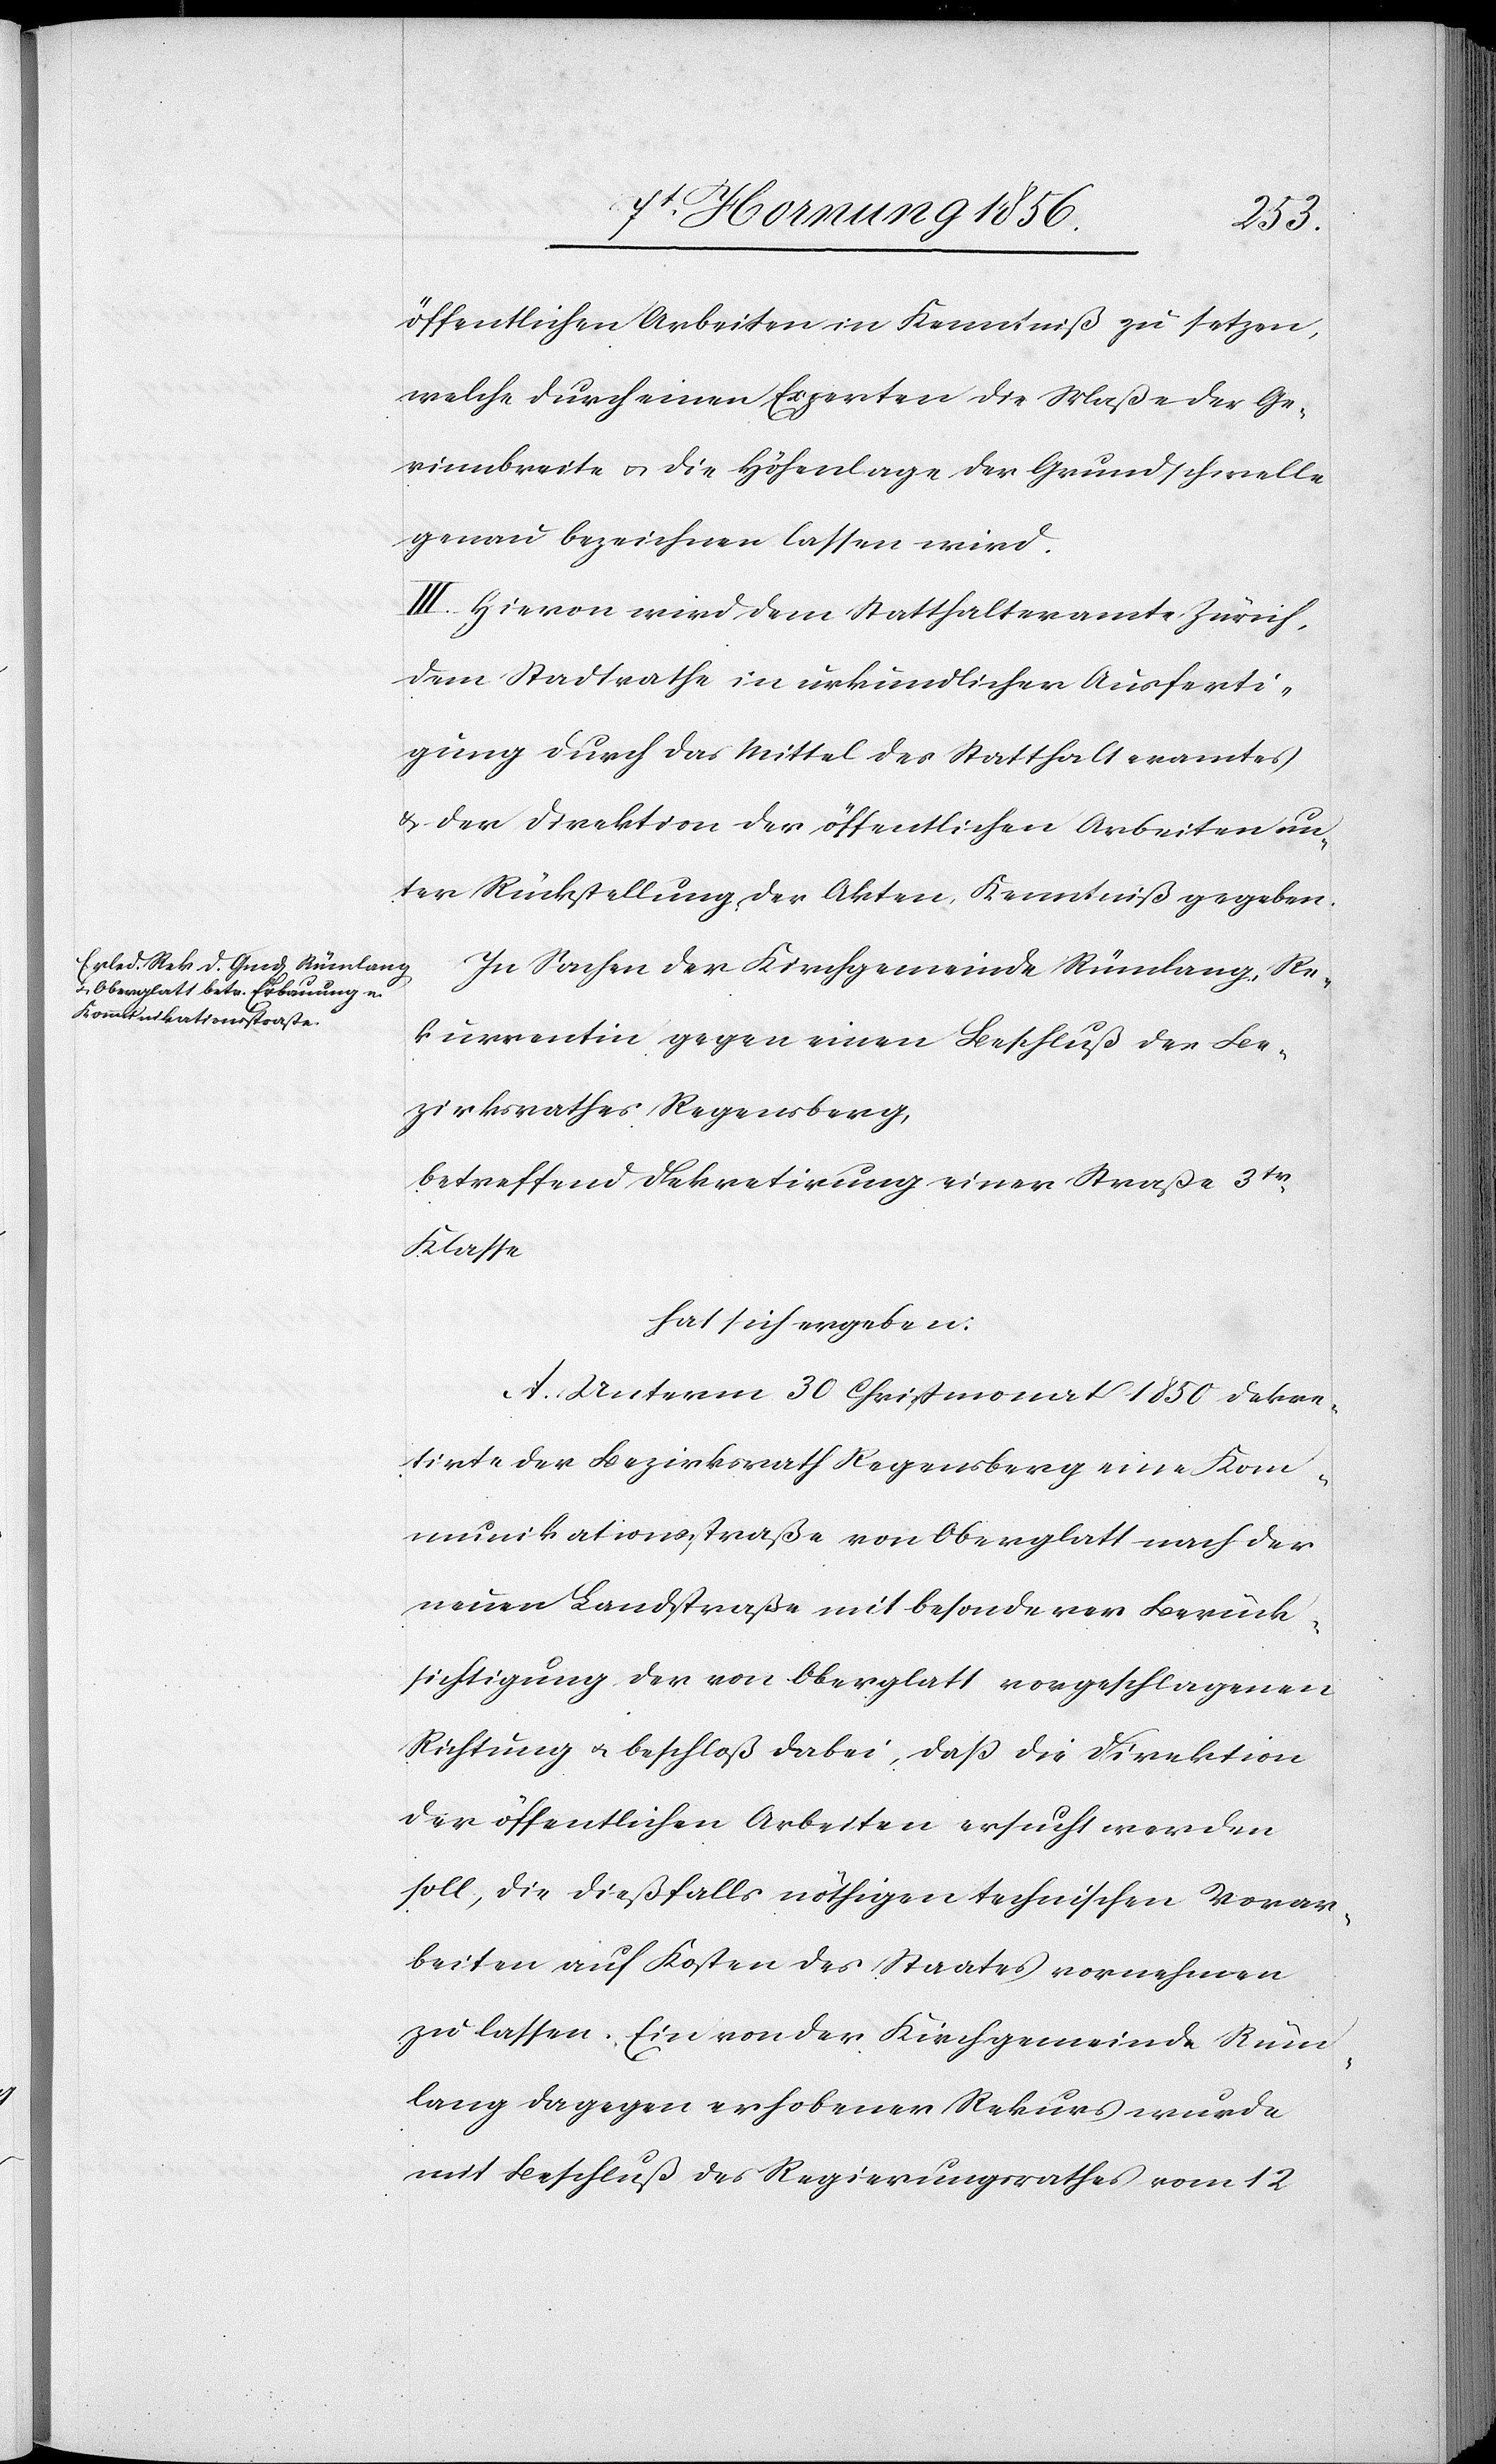
öffentlichen Arbeiten in Kenntniß zu setzen,
welche durch einen Experten die Maße der Ge¬
rinnbreite u. die Höhenlage der Grundschwelle
genau bezeichnen lassen wird.
III. Hievon wird dem Statthalteramte Zürich,
dem Stadtrathe in urkundlicher Ausferti¬
gung durch das Mittel des Statthalteramtes
u. der Direktion der öffentlichen Arbeiten un¬
ter Rückstellung der Akten, Kenntniß gegeben.
In Sachen der Kirchgemeinde Rümlang, Re¬
kurrentin gegen einen Beschluß des Be¬
zirksrathes Regensberg,
betreffend Dekretirung einer Straße 3tr
Klasse
hat sich ergeben:
A. Unterm 30 Christmonat 1850 dekre¬
tirte der Bezirksrath Regensberg eine Kom¬
munikationsstraße von Oberglatt nach der
neuen Landstraße mit besonderer Berück¬
sichtigung der von Oberglatt vorgeschlagenen
Richtung u. beschloß dabei, daß die Direktion
der öffentlichen Arbeiten ersucht werden
soll, die dießfalls nöthigen technischen Vorar¬
beiten auf Kosten des Staates vornehmen
zu lassen. Ein von der Kirchgemeinde Rüm¬
lang dagegen erhobener Rekurs wurde
mit Beschluß des Regierungsrathes vom 12